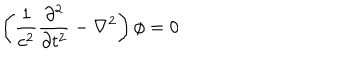
\left( \frac { 1 } { c ^ { 2 } } \frac { \partial ^ { 2 } } { \partial t ^ { 2 } } - \nabla ^ { 2 } \right) \phi = 0